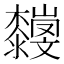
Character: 𣠴